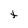
Character: t